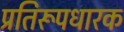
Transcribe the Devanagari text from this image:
प्रतिरूपधारक